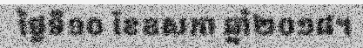
ថ្ងៃទី១០ ខែឧសភា ឆ្នាំ២០១៨។